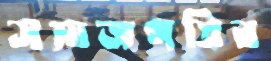
সমাজপতির